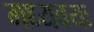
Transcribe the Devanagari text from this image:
मध्यवयः